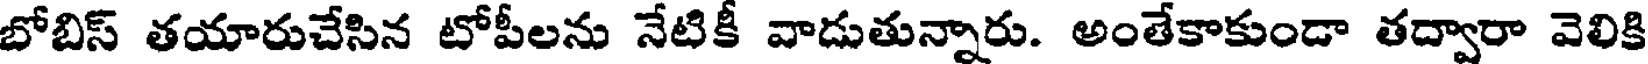
బోబిస్ తయారుచేసిన టోపీలను నేటికీ వాడుతున్నారు. అంతేకాకుండా తద్వారా వెలికి